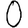
Digit: 0